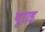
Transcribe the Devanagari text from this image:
यूराइ